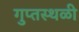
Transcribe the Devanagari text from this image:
गुप्तस्थळी